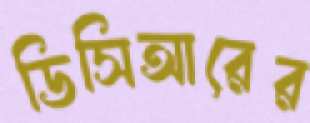
ডিসিআরের